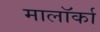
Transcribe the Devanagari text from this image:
मालॉर्का